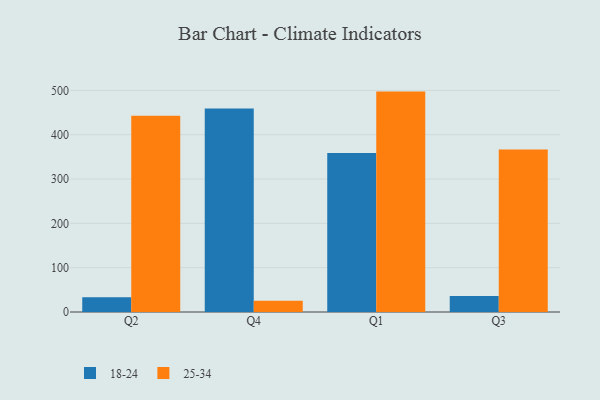
{"axis": {"x": "Quarter", "y": "Population (Million)"}, "legend": ["18-24", "25-34"], "data": [{"x": "Q2", "y": 33.1, "type": "18-24"}, {"x": "Q2", "y": 442.5, "type": "25-34"}, {"x": "Q4", "y": 459.2, "type": "18-24"}, {"x": "Q4", "y": 25.4, "type": "25-34"}, {"x": "Q1", "y": 358.5, "type": "18-24"}, {"x": "Q1", "y": 497.2, "type": "25-34"}, {"x": "Q3", "y": 36.3, "type": "18-24"}, {"x": "Q3", "y": 366.5, "type": "25-34"}]}